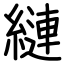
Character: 縺